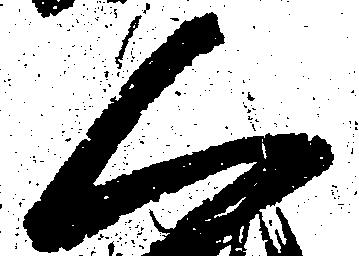
く